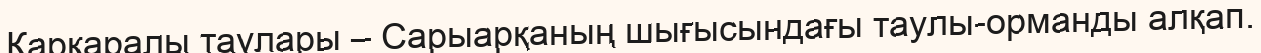
Қарқаралы таулары – Сарыарқаның шығысындағы таулы-орманды алқап.